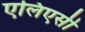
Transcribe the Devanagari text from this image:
एलिएसी